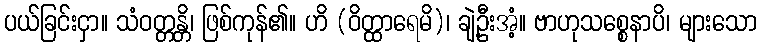
ပယ်ခြင်းငှာ။ သံဝတ္တန္တိ၊ ဖြစ်ကုန်၏။ ဟိ (ဝိတ္ထာရေမိ)၊ ချဲ့ဦးအံ့။ ဗာဟုသစ္စေနာပိ၊ များသော